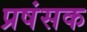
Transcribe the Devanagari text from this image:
प्रषंसक